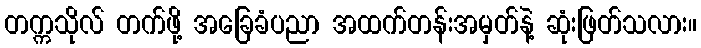
တက္ကသိုလ် တက်ဖို့ အခြေခံပညာ အထက်တန်းအမှတ်နဲ့ ဆုံးဖြတ်သလား။